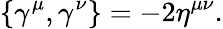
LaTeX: \left\{ \gamma^{\mu},\gamma^{\nu}\right\} =-2\eta^{\mu\nu}.